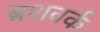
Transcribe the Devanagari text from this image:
ब्रशवर्क